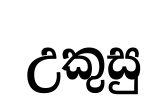
උකුසු